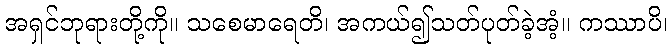
အရှင်ဘုရားတို့ကို။ သစေမာရေတိ၊ အကယ်၍သတ်ပုတ်ခဲ့အံ့။ ကဿာပိ၊